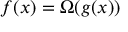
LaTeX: f ( x ) = \Omega ( g ( x ) )